Indian Medical Review
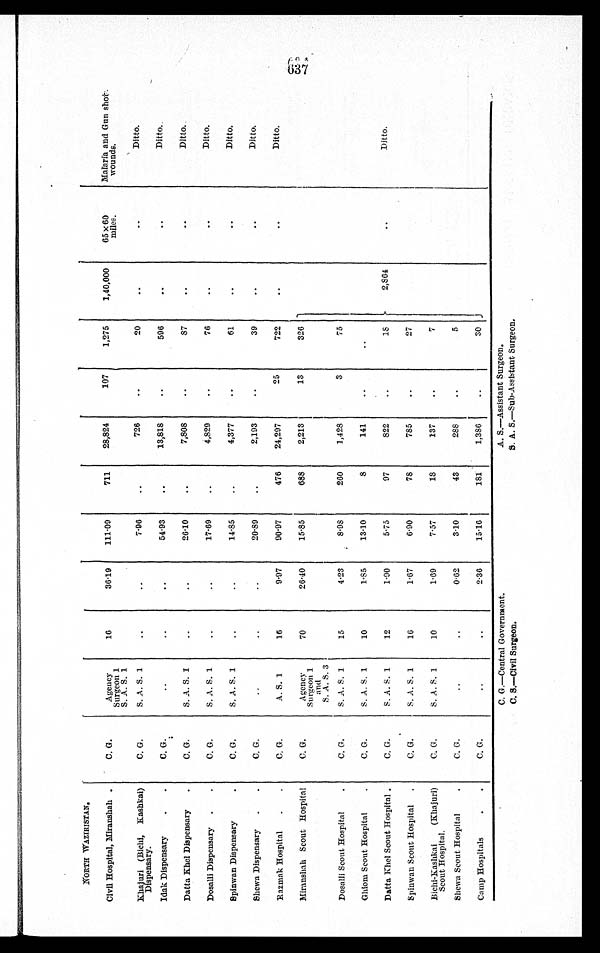
N O R T H W A Z I R I S T A N .
Civil Hospital, Miranshah
C. G.
Agency
Surgeon 1
S. A. S. 1
16
36.19 111. 09 711 28, 824
107 1, 275 1, 40, 000 65 x 60
miles. Malaria and Gun shot-.
wounds.
Khaj uri (Bichi, Kashkai )
Dispensary.
C. G. S. A. S. 1
7. 96
726
20
Ditto.
Idak Dispensary
C. G.
54. 93
13, 818
596
Ditto..
Datta Khel Dispensary
C. G. S. A. S. I
26.10
7, 808
87
Ditto..
Dosalli Dispensary
C. G. S. A. S. 1
17. 69
4, 829
76
Ditto.
Spinwan Dispensary C. G. S. A. S. 1
14.85
4, 377
61
Ditto.
Shewa Dispensary
C. G.
20.89
2, 193
39
Ditto.
Razmak Hospital
C. G.
A. S. 1 16
9. 97 90. 97
476 24, 297
25 722
Ditto.
Miranshah Seout Hospital C. G.
Agency
Surgeon 1
and
S. A. S. 3
70
26-40 15. 85 688 2, 213
13
326 1
Dosalli Scout Hospital
C. G. S. A. S. 1 15
4.23 8. 98 260 1, 428
3
75
Ghiom Scout Hospital
C. G. S. A. S. 1 10
1. 85 13. 10
8 141
Datta Khel Scout Hospital
C. G. S. A. S. 1 12
1. 90 5. 75
97 822
18
2,864
Ditto.
Spinwan Scout Hospital
C. G. S. A. S. 1 16
1. 67 6.90
78 785
27
Bichi-Kashkai (Khajuri)
Scout Hospital.
C. 0. S. A. S. 1 10
1. 69 7.57
18 137
7
Shewa Scout Hospital
C . G .
0. 62 3.10
43 288
5
Camp Hospitals
C. G.
2. 36 15.16 181 1, 386
-
C. G.—Central Government.
A. S.—Assistant Surgeon.
C. S. —Civil Surgeon.
S. A. S.—Sub-Assistant Surgeon.